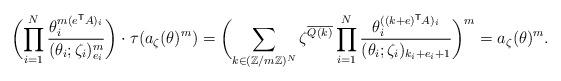
LaTeX: \begin{align*} \biggl(\prod_{i=1}^{N} \frac{\theta_i^{m(e^\mathsf{T} A)_i}}{(\theta_i; \zeta_i)_{e_i}^m} \biggr) \cdot \tau(a_\zeta(\theta)^m) = \biggl(\sum_{k \in (\mathbb{Z}/m\mathbb{Z})^N} \zeta^{\overline{Q(k)}} \prod_{i=1}^{N} \frac{\theta_i^{((k+e)^\mathsf{T} A)_i}}{(\theta_i ; \zeta_i)_{k_i + e_i + 1}} \biggr)^m = a_\zeta(\theta)^m. \end{align*}